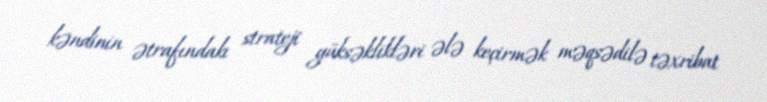
kəndinin ətrafındakı strateji yüksəklikləri ələ keçirmək məqsədilə təxribat